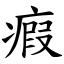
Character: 瘕